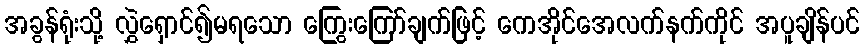
အခွန်ရုံးသို့ လွှဲရှောင်၍မရသော ကြွေးကြော်ချက်ဖြင့် ကေအိုင်အေလက်နက်ကိုင် အပူချိန်ပင်